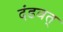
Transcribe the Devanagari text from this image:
दंडवत्‌